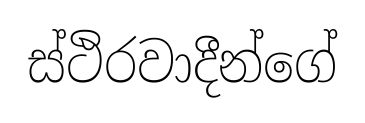
ස්ථිරවාදීන්ගේ